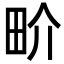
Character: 畍